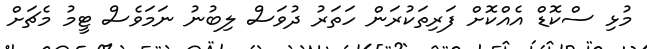
މުޅި ސްކޮޑް އެއްކޮށް ފަރިތަކުރަން ހަތަރު ދުވަސް ލިބުނު ނަމަވެސް ޓީމު މެޗަށް